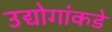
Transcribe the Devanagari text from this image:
उद्योगांकडे